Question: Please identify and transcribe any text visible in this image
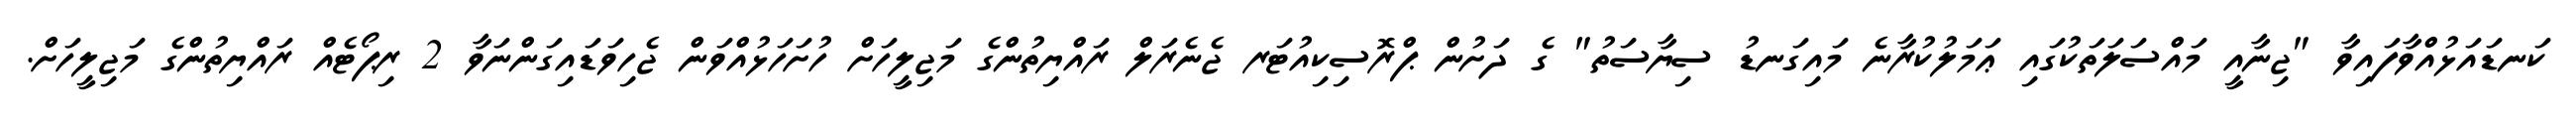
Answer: ކަނޑައަޅުއްވާފައިވާ "ޖިނާއީ މައްސަލަތަކުގައި ޢަމަލުކުރާނެ މައިގަނޑު ސިޔާސަތު" ގެ ދަށުން ޕްރޮސިކިއުޓަރ ޖެނެރަލް ރައްޔިތުންގެ މަޖިލީހަށް ހުށަހަޅުއްވަން ޖެހިވަޑައިގަންނަވާ 2 ރިޕޯޓެއް ރައްޔިތުންގެ މަޖިލީހަށް.